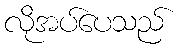
လိုအပ်ပေသည်